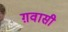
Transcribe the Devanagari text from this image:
ग़वासी